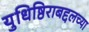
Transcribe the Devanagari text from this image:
युधिष्ठिराबद्दलच्या